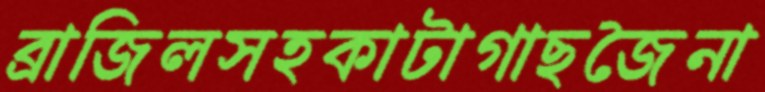
ব্রাজিলসহকাটাগাছজৈনা